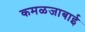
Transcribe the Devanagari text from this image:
कमळजाबाई